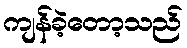
ကျန်ခဲ့တော့သည်